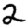
Digit: 2